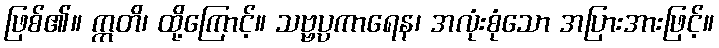
ဖြစ်၏။ ဣတိ၊ ထို့ကြောင့်။ သဗ္ဗပ္ပကာရေန၊ အလုံးစုံသော အပြားအားဖြင့်။